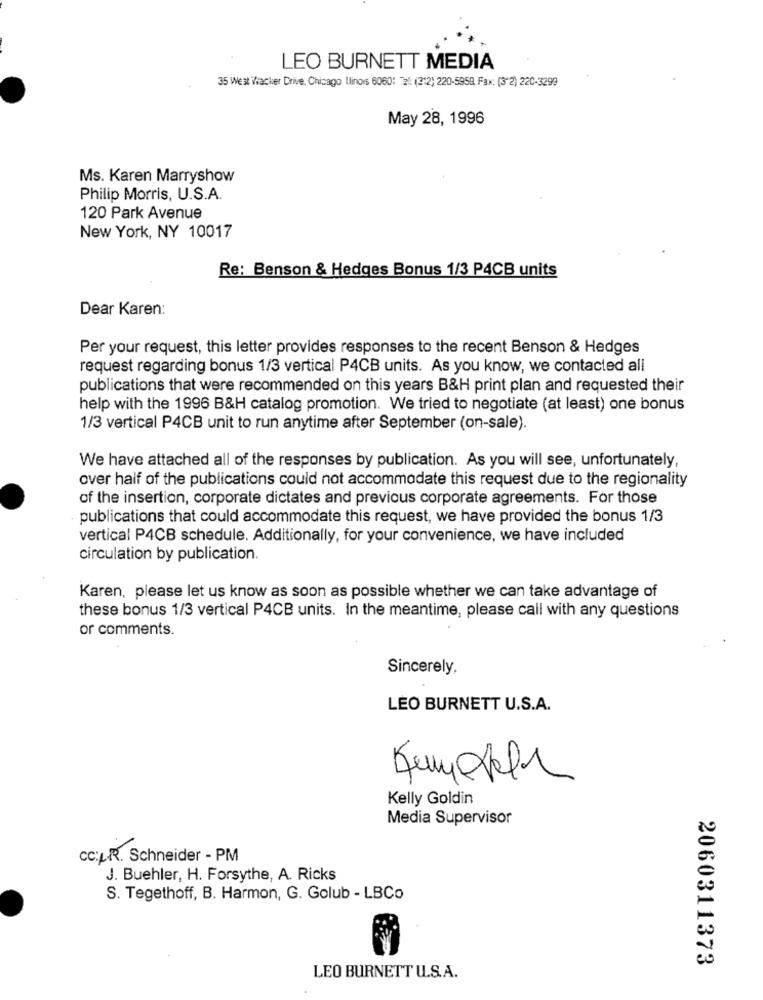
LEO BURNETT MEDIA
35 West Wacker Drive, Chicago Ilinos 6060: "2: (212) 220-5959, Fax: (3"2) 22C-3299
May 28, 1996
Ms. Karen Marryshow
Philip Morris, U.S.A.
120 Park Avenue
New York, NY 10017
Re: Benson & Hedges Bonus 1/3 P4CB units
Dear Karen:
Per your request, this letter provides responses to the recent Benson & Hedges
request regarding bonus 1/3 vertical P4CB units. As you know, we contacted all
publications that were recommended on this years B&H print plan and requested their
help with the 1996 B&H catalog promotion. We tried to negotiate (at least) one bonus
1/3 vertical P4CB unit to run anytime after September (on-sale).
We have attached all of the responses by publication. As you will see, unfortunately,
over half of the publications could not accommodate this request due to the regionality
of the insertion, corporate dictates and previous corporate agreements. For those
publications that could accommodate this request, we have provided the bonus 1/3
vertical P4CB schedule. Additionally, for your convenience, we have included
circulation by publication.
Karen, please let us know as soon as possible whether we can take advantage of
these bonus 1/3 vertical P4CB units. In the meantime, please call with any questions
or comments.
Sincerely,
LEO BURNETT U.S.A.
Kumstehen
Kelly Goldin
Media Supervisor
CC:LR. Schneider - PM
J. Buehler, H. Forsythe, A. Ricks
S. Tegethoff, B. Harmon, G. Golub - LBCo
2060311373
LEO BURNETT U.S.A.